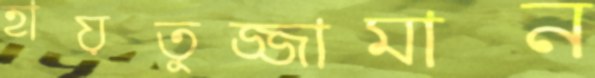
হায়তুজ্জামান